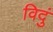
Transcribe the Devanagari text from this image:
विदुं